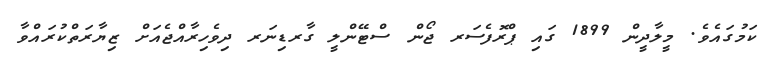
ކަމުގައެވެ. މީލާދީން 1899 ގައި ޕްރޮފެސަރ ޖޯން ސްޓޭންލީ ގާރޑިނަރ ދިވެހިރާއްޖެއަށް ޒިޔާރަތްކުރައްވާ